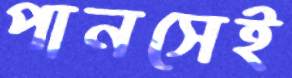
পানসেই